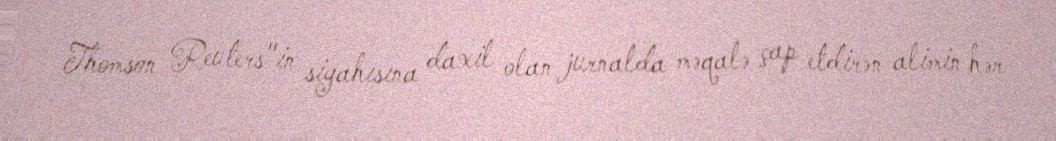
Thomson Reuters"in siyahısına daxil olan jurnalda məqalə çap etdirən alimin hər